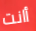
أانت